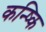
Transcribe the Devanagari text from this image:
कन्ष्कि